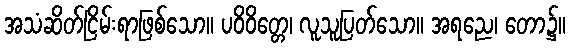
အသံဆိတ်ငြိမ်းရာဖြစ်သော။ ပဝိဝိတ္တေ၊ လူသူပြတ်သော။ အရညေ၊ တော၌။